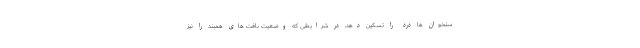
ستخوان ها درد را تسکین دهد، در شرایطی که وضعیت بافت های همبند را نیز